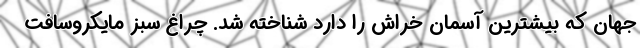
جهان که بیشترین آسمان خراش را دارد شناخته شد. چراغ سبز مایکروسافت